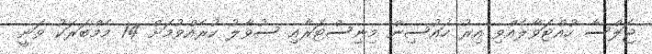
ޖަލްސާ ހުއްޓަވާލެއްވި އިރު ހައުސިން މިނިސްޓަރާއި ސުވާލު ކުރެއްވުމަށް 14 މެމްބަރަކު ވަނީ